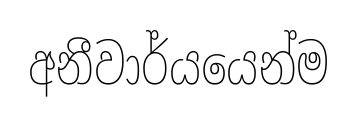
අනීවාර්යයෙන්ම